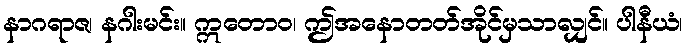
နာဂရာဇ၊ နဂါးမင်း။ ဣတောဝ၊ ဤအနောတတ်အိုင်မှသာလျှင်။ ပါနီယံ၊